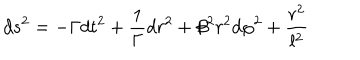
d s ^ { 2 } = - \Gamma d t ^ { 2 } + \frac 1 \Gamma d r ^ { 2 } + \beta ^ { 2 } r ^ { 2 } d \varphi ^ { 2 } + \frac { r ^ { 2 } } { l ^ { 2 } }